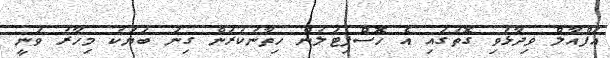
އަފްއާލް ވިދާޅުވި ގޮތުގައި އެ ހޮސްޕިޓަލުން ހިތާނުކުރަން ގިނަ ބަޔަކު މިހާރު ވަނީ